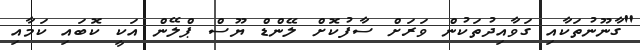
"ގާނޫނުތަކާއި ގަވާއިދުތަކުން ވަރަށް ސާފުކޮށް ލޭންޑް ޔޫސް ޕްލޭން އަކީ ކޮބައި ކަމާއި